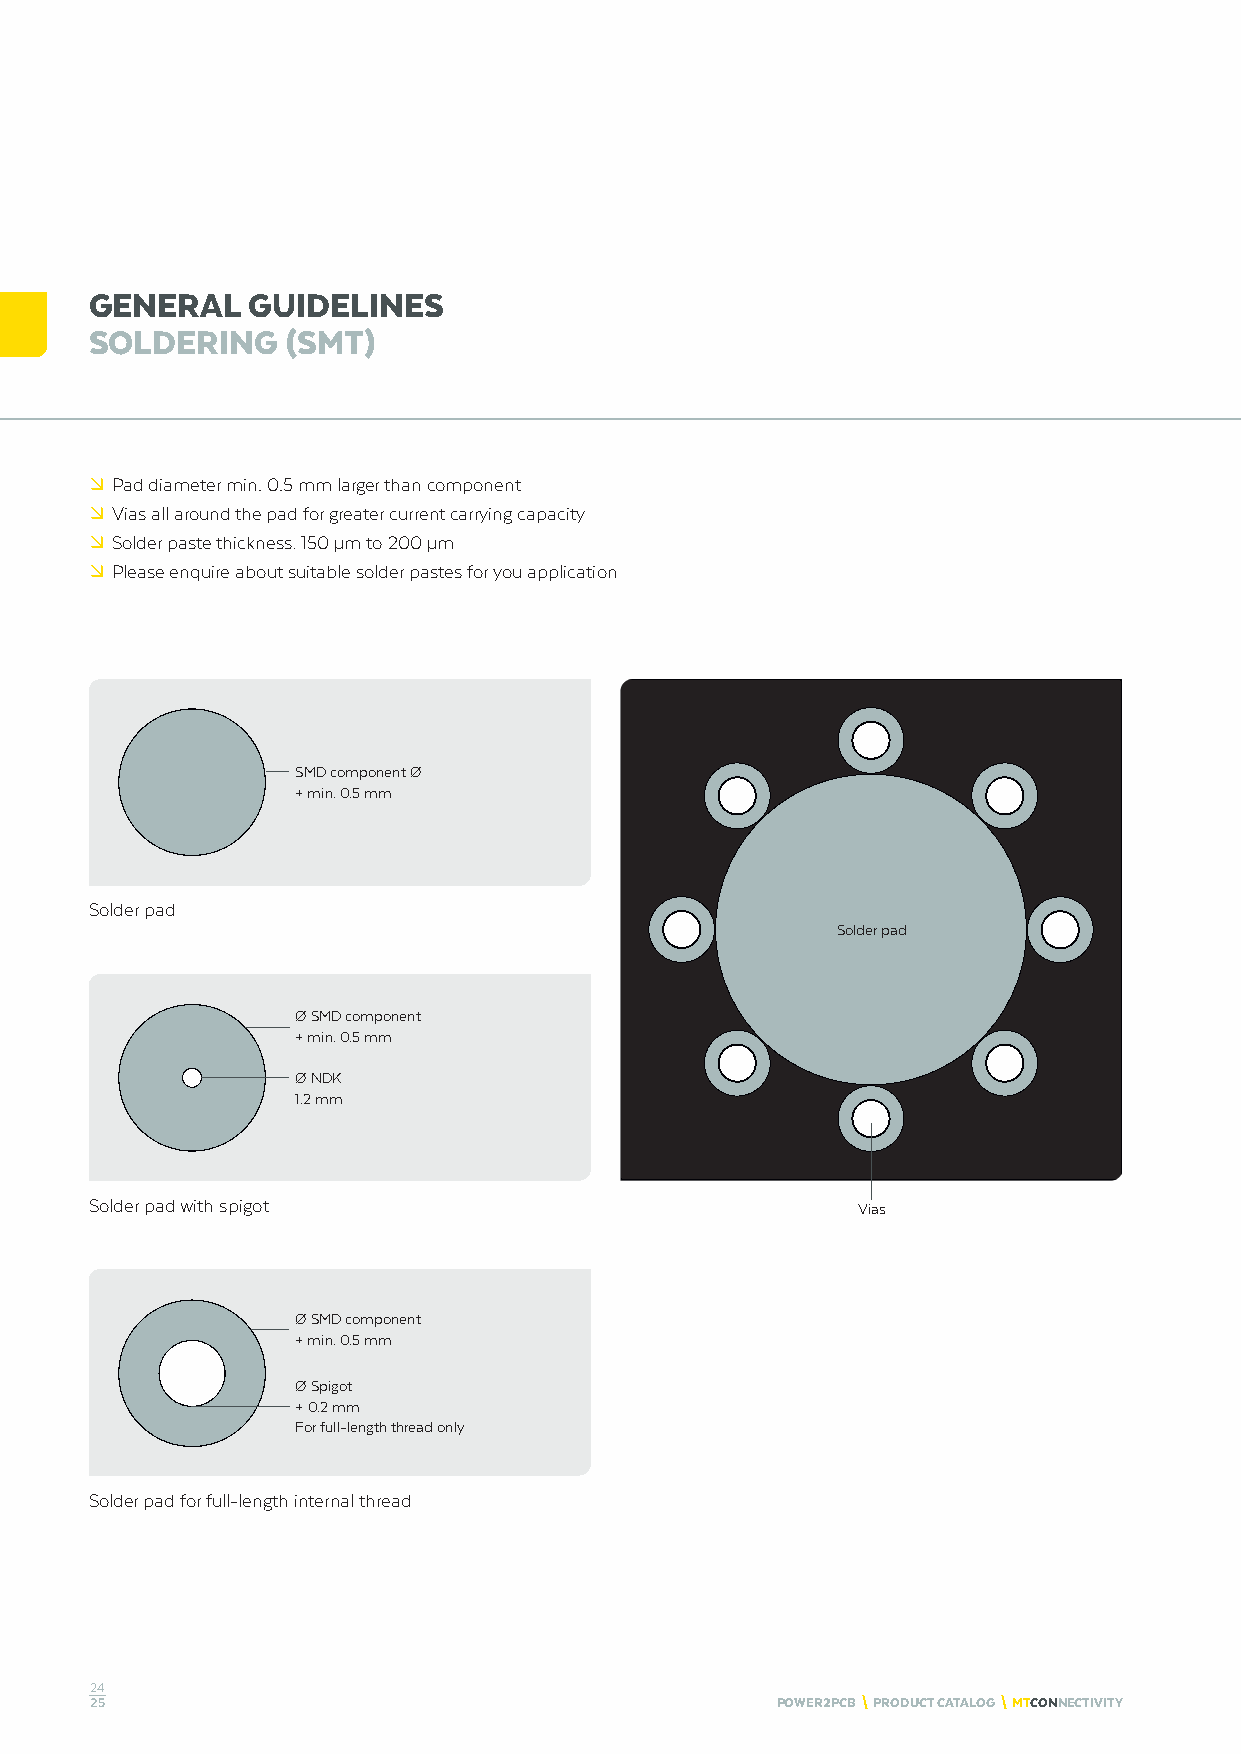
GENERAL   GUIDELINES
 SOLDERING    (SMT)
 º Pad diameter min. 0.5 mm larger than component
 º Vias all around the pad for greater current carrying capacity
 º Solder paste thickness: 150 μm to 200 μm
 º Please enquire about suitable solder pastes for you application
 SMD component Ø
 + min. 0.5 mm
 Solder pad
 Solder pad
 Ø SMD component
 + min. 0.5 mm
 Ø NDK
 1.2 mm
 Solder pad with spigot                             Vias
 Ø SMD component
 + min. 0.5 mm
 Ø Spigot
 + 0.2 mm
 For full-length thread only
 Solder pad for full-length internal thread
 24
 25                                           POWER2PCB \ PRODUCT CATALOG \ MTCONNECTIVITY